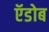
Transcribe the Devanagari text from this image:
ऍडोब